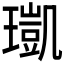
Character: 𤩑